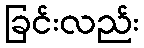
ခြင်းလည်း